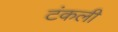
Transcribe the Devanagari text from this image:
टंकली